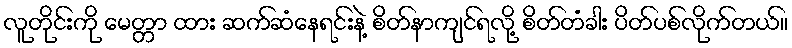
လူတိုင်းကို မေတ္တာ ထား ဆက်ဆံနေရင်းနဲ့ စိတ်နာကျင်ရလို့ စိတ်တံခါး ပိတ်ပစ်လိုက်တယ်။